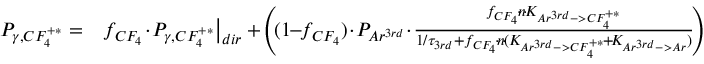
\begin{array} { r l } { P _ { \gamma , C F _ { 4 } ^ { + * } } = } & { f _ { C F _ { 4 } } \! \cdot \! P _ { \gamma , C F _ { 4 } ^ { + * } } \big | _ { d i r } + \! \left( \! ( 1 \! \! - \! \! f _ { C F _ { 4 } } ) \! \cdot \! P _ { A r ^ { 3 r d } } \! \cdot \! \frac { f _ { C F _ { 4 } } \! \cdot \! n \! \cdot \! K _ { A r ^ { 3 r d } - > C F _ { 4 } ^ { + * } } } { 1 / \tau _ { 3 r d } + f _ { C F _ { 4 } } \! \cdot \! n \! \cdot \! ( K _ { A r ^ { 3 r d } - > C F _ { 4 } ^ { + * } } \! + \! K _ { A r ^ { 3 r d } - > A r } ) } \! \right) } \end{array}